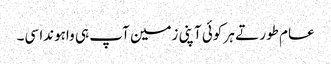
عام طور تے ہر کوئی آپنی زمین آپ ہی واہوندا سی۔